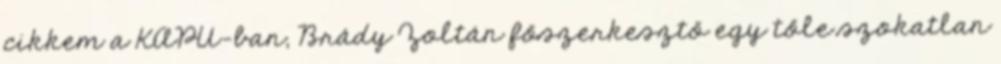
cikkem a KAPU-ban, Brády Zoltán főszerkesztő egy tőle szo­­katlan